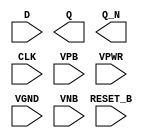
module sky130_fd_sc_ls__dfrbp (
    //# {{data|Data Signals}}
    input  D      ,
    output Q      ,
    output Q_N    ,

    //# {{control|Control Signals}}
    input  RESET_B,

    //# {{clocks|Clocking}}
    input  CLK    ,

    //# {{power|Power}}
    input  VPB    ,
    input  VPWR   ,
    input  VGND   ,
    input  VNB
);
endmodule